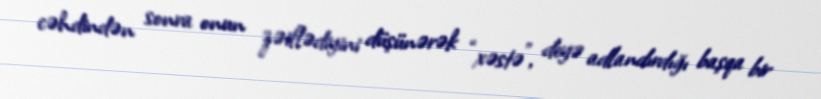
cəhdindən sonra onun zəiflədiyini düşünərək “xəstə”, deyə adlandırdığı başqa bir